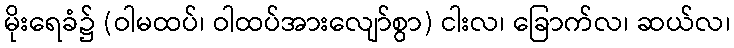
မိုးရေခံ၌ (ဝါမထပ်၊ ဝါထပ်အားလျော်စွာ) ငါးလ၊ ခြောက်လ၊ ဆယ်လ၊